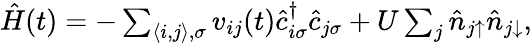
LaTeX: \begin{array}{r}{\hat{H}(t)=-\sum_{\langle i,j\rangle,\sigma}v_{ij}(t)\hat{c}_{i\sigma}^{\dagger}\hat{c}_{j\sigma}+U\sum_{j}\hat{n}_{j\uparrow}\hat{n}_{j\downarrow},}\end{array}